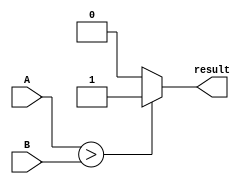
module comparator(
    input [15:0] A,
    input [15:0] B,
    output reg result
);

always @(*)
begin
    if(A > B) begin
        result = 1;
    end else if(A == B) begin
        result = 0;
    end else begin
        result = 0;
    end
end

endmodule